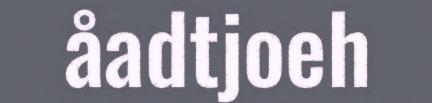
åadtjoeh